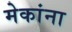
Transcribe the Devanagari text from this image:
मेकांना